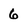
Character: 6